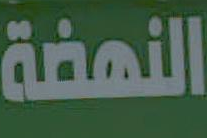
النهضة